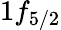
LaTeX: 1f_{5/2}